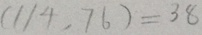
( 1 1 4 . 7 6 ) = 3 8